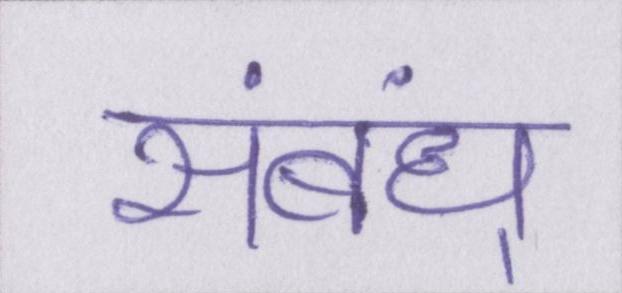
संबंध्